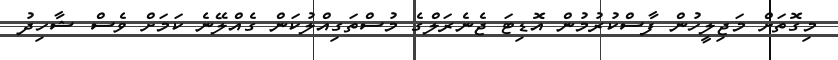
މިގޮތަށް މަޖިލީހުން ފާސްކުރުމުން އޮޑިޓަ ޖެނެރަލްގެ މުސްތަގިއްލުކަން ގެއްލޭނެ ކަމަށް ވެސް ޝާހިދު